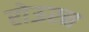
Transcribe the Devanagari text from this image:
रोऊरन